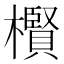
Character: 𱤬